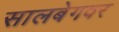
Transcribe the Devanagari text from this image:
सालबेगवर